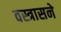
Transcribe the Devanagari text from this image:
वस्त्रासने